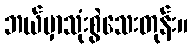
ဘယ်မှာသုံးစွဲသေးတုန်း။